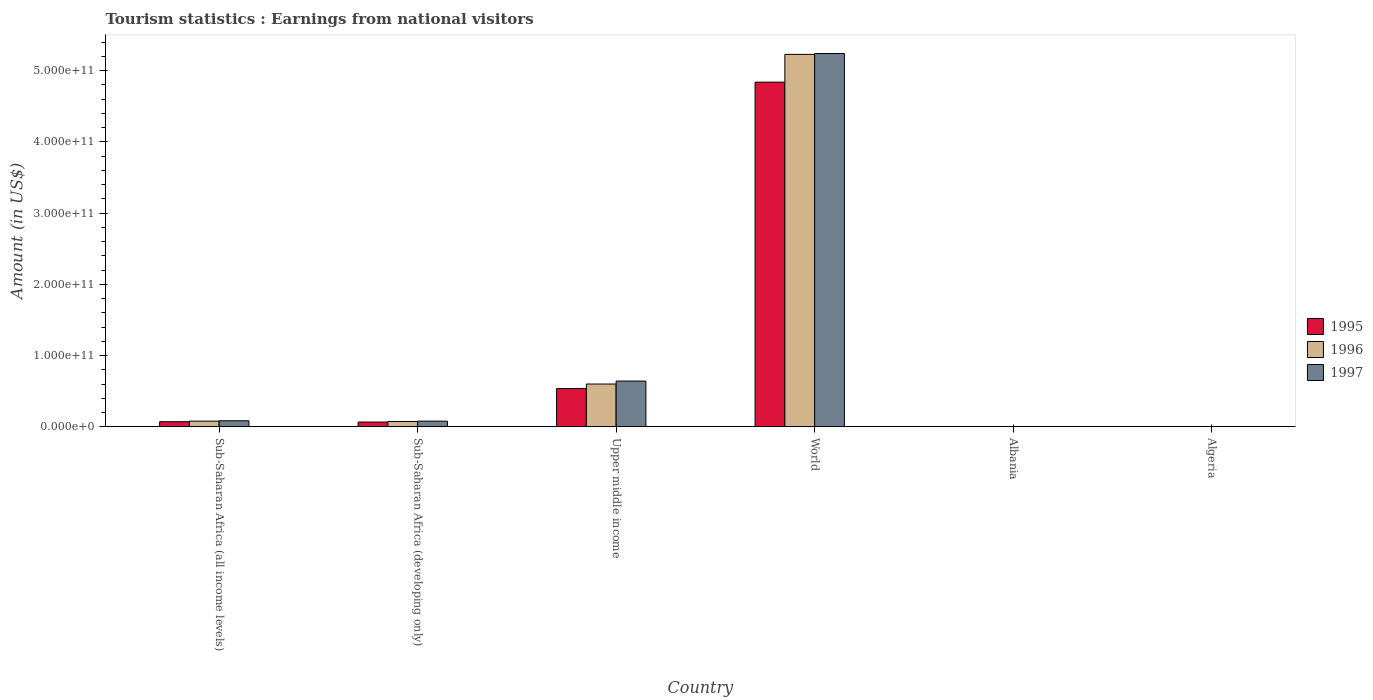
| Country | 1995 | 1996 | 1997 |
 | --- | --- | --- | --- |
 | Sub-Saharan Africa (all income levels) | 7.27e+09 | 8.05e+09 | 8.55e+09 |
 | Sub-Saharan Africa (developing only) | 6.79e+09 | 7.59e+09 | 8.06e+09 |
 | Upper middle income | 5.38e+10 | 6.01e+10 | 6.43e+10 |
 | World | 4.84e+11 | 5.23e+11 | 5.24e+11 |
 | Albania | 7.04e+07 | 9.38e+07 | 3.36e+07 |
 | Algeria | 3.2e+07 | 4.5e+07 | 2.8e+07 |